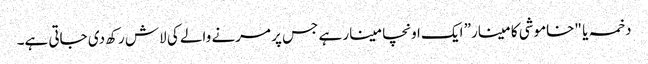
دخمہ یا "خاموشی کا مینار” ایک اونچا مینار ہے جس پر مرنے والے کی لاش رکھ دی جاتی ہے۔